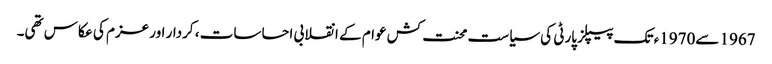
1967 سے1970ء تک پیپلز پارٹی کی سیاست محنت کش عوام کے انقلابی احساسات ، کردار اور عزم کی عکاس تھی۔